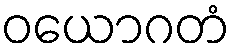
ဝယောဂတံ